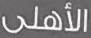
الأهلى